Madras plague regulations in force outside the Presidency town - Volume 5
Disease focus: Plague
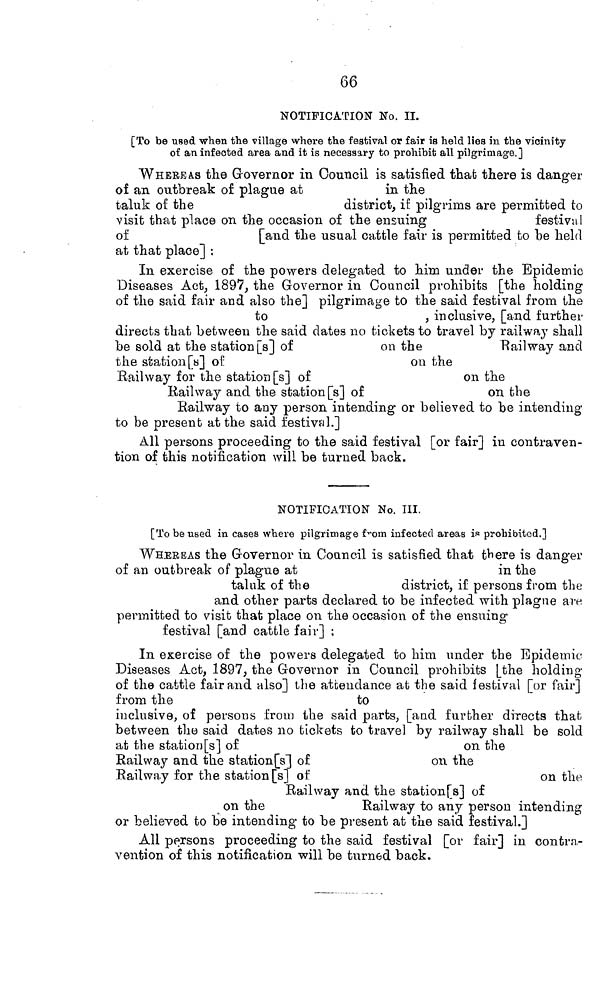
66
NOTIFICATION No. II.
[To be used when the village where the festival or fair is held lies in the vicinity
of an infected area and it is necessary to prohibit all pilgrimage.]
WHEREAS the Governor in Council is satisfied that there is danger
of an outbreak of plague at
in the
taluk of the
district, if pilgrims are permitted to
visit that place on the occasion of the ensuing
festival
of
[and the usual cattle fair is permitted to be held
at that place] :
In exercise of the powers delegated to him under the Epidemic
Diseases Act, 1897, the Governor in Council prohibits [the holding
of the said fair and also the] pilgrimage to the said festival from the
to
, inclusive, [and further
directs that between the said dates no tickets to travel by railway shall
be sold at the station[s] of
on the
Railway and
the station[s] of
on the
Railway for the station [s] of
on the
Railway and the station [s] of
on the
Railway to any person intending or believed to be intending
to be present at the said festival.]
All persons proceeding to the said festival [or fair] in contraven-
tion of this notification will be turned back.
NOTIFICATION No. III.
[To be used in cases where pilgrimage from infected areas is prohibited.]
WHEREAS the Governor in Council is satisfied that there is danger
of an outbreak of plague at
in the
taluk of the
district, if persons from the
and other parts declared to be infected with plague are
permitted to visit that place on the occasion of the ensuing
festival [and cattle fair] ;
In exercise of the powers delegated to him under the Epidemic
Diseases Act, 1897, the Governor in Council prohibits [the holding
of the cattle fair and also] the attendance at the said festival [or fair]
from the
to
inclusive, of persons from the said parts, [and further directs that
between the said dates no tickets to travel by railway shall be sold
at the station [s] of
on the
Railway and the station[s] of
ou the
Railway for the station [s] of
on the
Railway and the station[s] of
on the
Railway to any person intending
or believed to be intending to be present at the said festival.]
All persons proceeding to the said festival [or fair] in contra-
vention of this notification will be turned back.